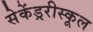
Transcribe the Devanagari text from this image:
सेकेंड्ररीस्कूल